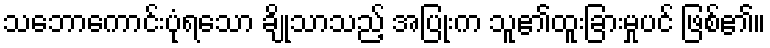
သဘောကောင်းပုံရသော ချိုသာသည့် အပြုံးက သူ၏ထူးခြားမှုပင် ဖြစ်၏။